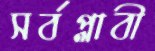
সর্বপ্লাবী